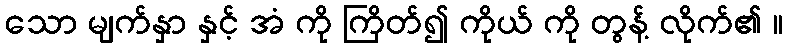
သော မျက်နှာ နှင့် အံ ကို ကြိတ်၍ ကိုယ် ကို တွန့် လိုက်၏ ။